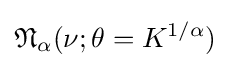
{\mathfrak {N}}_{\alpha }(\nu ;\theta =K^{1/\alpha })